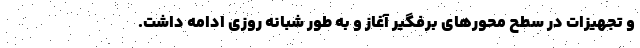
و تجهیزات در سطح محورهای برفگیر آغاز و به طور شبانه روزی ادامه داشت.